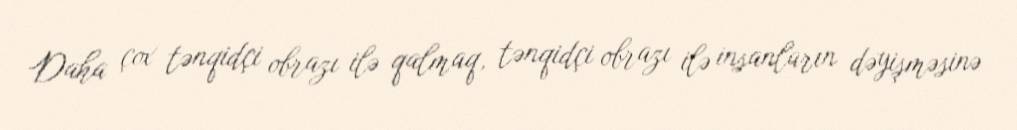
Daha çox tənqidçi obrazı ilə qalmaq, tənqidçi obrazı ilə insanların dəyişməsinə